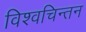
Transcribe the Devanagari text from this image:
विश्वचिन्तन